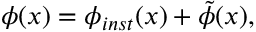
\phi ( x ) = \phi _ { i n s t } ( x ) + \tilde { \phi } ( x ) ,